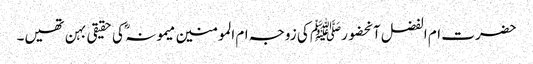
حضرت ام الفضل آنحضورﷺ کی زوجہ ام المومنین میمونہ ؓ کی حقیقی بہن تھیں۔